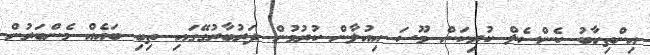
އިންތިހާބު ކެންސެލް ކުރިކަން މޫސަ އިއުލާން ކުރުމުން ދަރުބާރުގޭގައި ތިބި ބައެއް މެންބަރުން